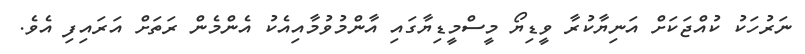
ނަރުހަކު ކުއްޖަކަށް އަނިޔާކުރާ ވީޑިޔޯ މީސްމީޑިޔާގައި އާންމުވުމާއިއެކު އެންމެން ރަތަށް އަރައިފި އެވެ.